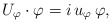
\begin{align*} U_{\varphi} \cdot \varphi = i\,u_{\varphi} \,\varphi, \end{align*}